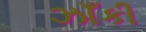
ઝાઁકી